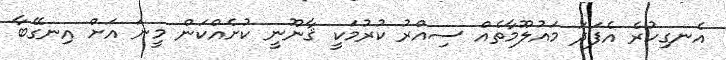
އެނގިހުރެ އެފަދަ މައުލޫމާތެއް ސިއްރު ކުރުމަކީ ޤާނޫނީ ކުށެއްކަން މީނަ އަށް އިނގޭބާ